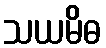
သယမိဓ